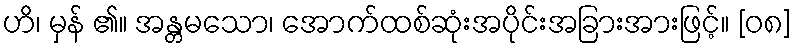
ဟိ၊ မှန် ၏။ အန္တမသော၊ အောက်ထစ်ဆုံးအပိုင်းအခြားအားဖြင့်။ [၀၈]